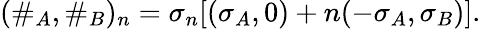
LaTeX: (\# _{A},\# _{B})_{n}=\sigma_{n}[(\sigma_{A},0)+n(-\sigma_{A},\sigma_{B})].